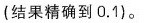
(结果精确到0.1)。